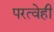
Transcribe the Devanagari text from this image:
परत्वेही